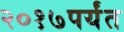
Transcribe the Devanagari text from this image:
२०१७पर्यंत